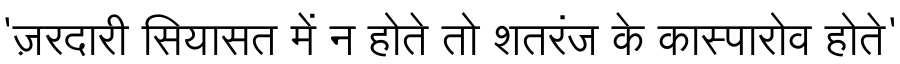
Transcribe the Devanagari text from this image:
'ज़रदारी सियासत में न होते तो शतरंज के कास्पारोव होते'